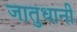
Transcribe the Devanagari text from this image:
जातुधानी